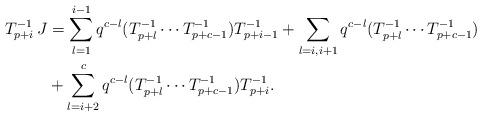
LaTeX: \begin{align*}T_{p+i}^{-1}\,J&=\sum_{l=1}^{i-1}q^{c-l}(T_{p+l}^{-1} \cdots T_{p+c-1}^{-1})T_{p+i-1}^{-1}+\sum_{l=i, i+1}q^{c-l}(T_{p+l}^{-1} \cdots T_{p+c-1}^{-1}) \\ &+\sum_{l=i+2}^{c}q^{c-l}(T_{p+l}^{-1} \cdots T_{p+c-1}^{-1})T_{p+i}^{-1}. \end{align*}